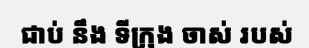
ជាប់ នឹង ទីក្រុង ចាស់ របស់